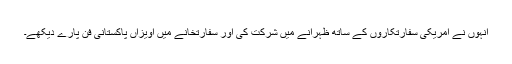
انہوں نے امریکی سفارتکاروں کے ساتھ ظہرانے میں شرکت کی اور سفارتخانے میں آویزاں پاکستانی فن پارے دیکھے۔